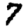
Digit: 7